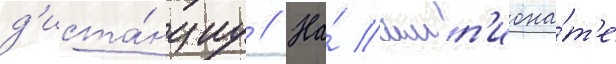
д'иста́нциу // На́ чемп'иона́т'е